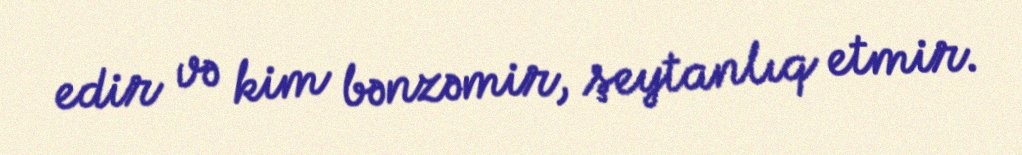
edir və kim bənzəmir, şeytanlıq etmir.